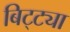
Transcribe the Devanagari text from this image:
बिट्ट्या